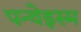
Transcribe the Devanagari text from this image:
पन्थेइस्म